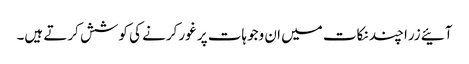
آئیے زرا چند نکات میں ان وجوہات پر غور کرنے کی کوشش کرتے ہیں۔